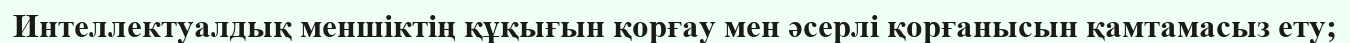
Интеллектуалдық меншіктің құқығын қорғау мен әсерлі қорғанысын қамтамасыз ету;